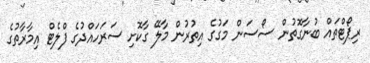
ރިޕޯޓްތައް ބުނާގޮތުން ސޯސަން މަގުގެ އިތުރުން މާލޭ ގާކޮށި ސަރަހައްދުގެ ފްލެޓް އިމާރާތުގެ